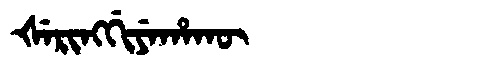
Manchu: ᡧᡝᡵᡳᠩᡤᡳᠶᡝᡥᠠᡴᡡ
Romanization: ŠERINGGIYEHAKŪ